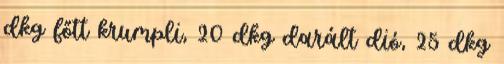
dkg főtt krumpli, 20 dkg darált dió, 25 dkg